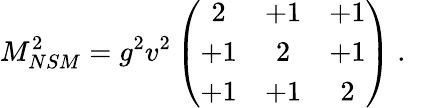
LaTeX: M_{NSM}^{2}=g^{2}v^{2}\left(\begin{array}{ccc}{{2}}&{{+1}}&{{+1}}\\ {{+1}}&{{2}}&{{+1}}\\ {{+1}}&{{+1}}&{{2}}\end{array}\right)~.~\,